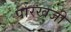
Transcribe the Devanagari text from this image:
पारखजी